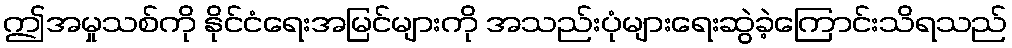
ဤအမှုသစ်ကို နိုင်ငံရေးအမြင်များကို အသည်းပုံများရေးဆွဲခဲ့ကြောင်းသိရသည်